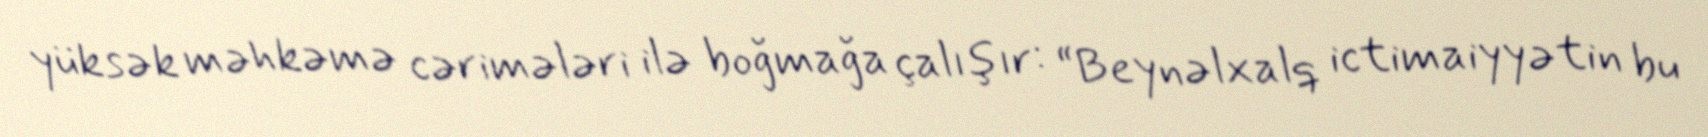
yüksək məhkəmə cərimələri ilə boğmağa çalışır: “Beynəlxalq ictimaiyyətin bu